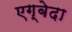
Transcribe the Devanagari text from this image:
एग्बेदा